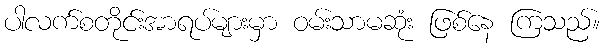
ပါလက်စတိုင်းအာရပ်များမှာ ဝမ်းသာမဆုံး ဖြစ်နေ ကြသည်။